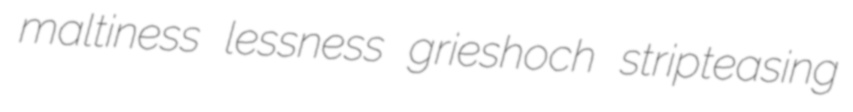
maltiness lessness grieshoch stripteasing